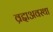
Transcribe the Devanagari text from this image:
व्रद्दाअवस्था